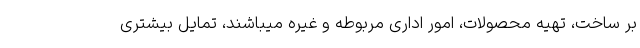
بر ساخت، تهیه محصولات، امور اداری مربوطه و غیره میباشند، تمایل بیشتری